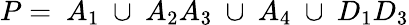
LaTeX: P=~A_{1}~\cup~A_{2}A_{3}~\cup~A_{4}~\cup~D_{1}D_{3}